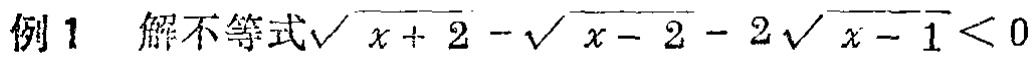
例1 解不等式\(\sqrt{x + 2}-\sqrt{x - 2}-2\sqrt{x - 1}<0\)